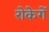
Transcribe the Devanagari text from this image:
रोकेगें